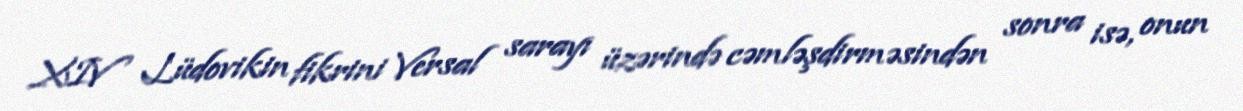
XIV Lüdovikin fikrini Versal sarayı üzərində cəmləşdirməsindən sonra isə, onun